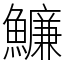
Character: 𩼔